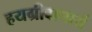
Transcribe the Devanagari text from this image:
हयग्रीवाचार्य